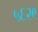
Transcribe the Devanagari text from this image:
५६२९